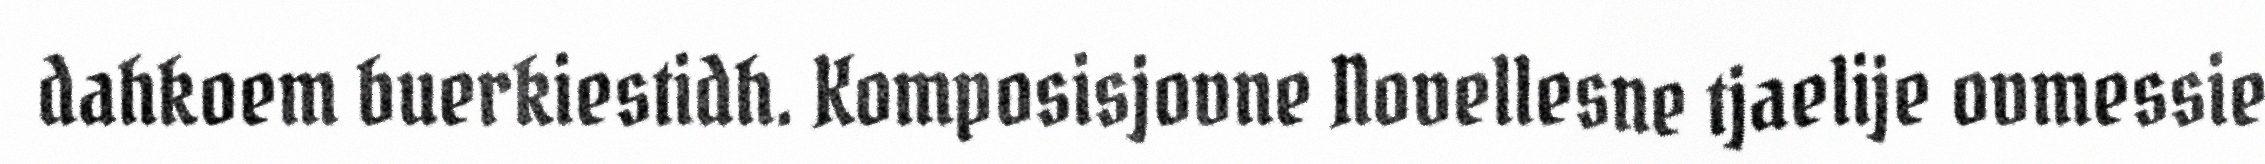
dahkoem buerkiestidh. Komposisjovne Novellesne tjaelije ovmessie